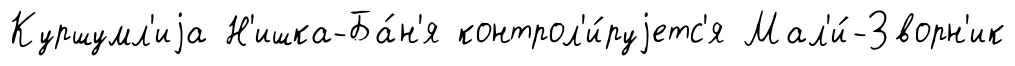
Куршумл'иjа Н'ишка-Ба́н'я контрол'и́руjетс'я Мал'и́-Зворн'ик